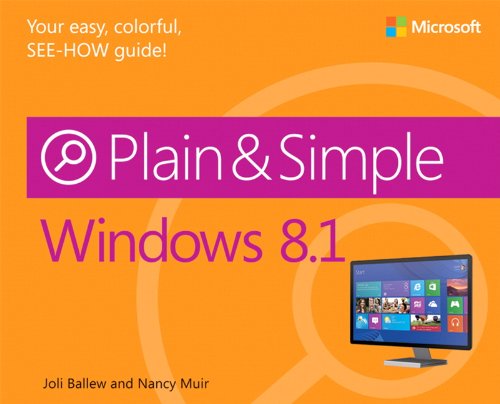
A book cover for Windows 8.1 Plain & Simple; Joli Ballew; Computers & Technology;